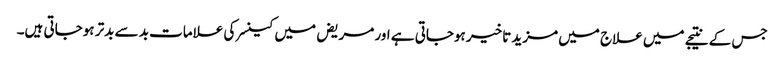
جس کے نتیجے میں علاج میں مزید تاخیر ہوجاتی ہے اور مریض میں کینسر کی علامات بد سے بدتر ہوجاتی ہیں۔